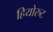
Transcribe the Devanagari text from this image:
हियोरुट